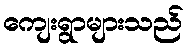
ကျေးရွာများသည်